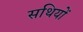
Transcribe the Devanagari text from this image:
सथियों